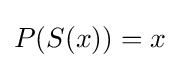
P(S(x))=x